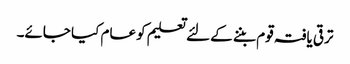
ترقی یافتہ قوم بننے کے لئے تعلیم کو عام کیا جائے۔